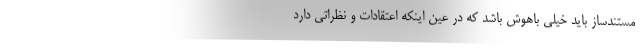
مستندساز باید خیلی باهوش باشد که در عین اینکه اعتقادات و نظراتی دارد